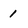
Character: 1